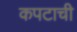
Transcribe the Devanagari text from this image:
कपटाची